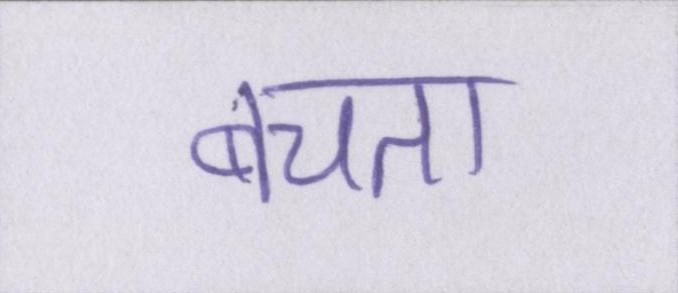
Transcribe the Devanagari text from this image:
बचता